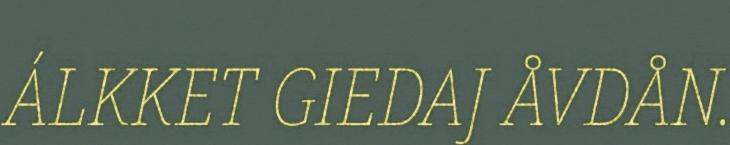
ÁLKKET GIEDAJ ÅVDÅN.